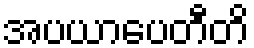
အပယာပေတီတိ